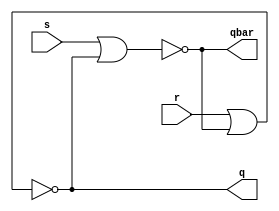

module sr( s, r ,q, qbar);
  

	output q;
   output qbar;
   input  s;
   input  r;

   nor (qbar, s, q);
   nor (q, r, qbar);
endmodule